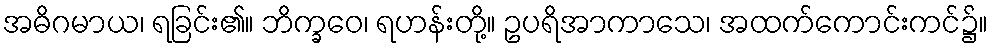
အဓိဂမာယ၊ ရခြင်း၏။ ဘိက္ခဝေ၊ ရဟန်းတို့။ ဥပရိအာကာသေ၊ အထက်ကောင်းကင်၌။